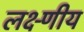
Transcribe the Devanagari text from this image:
लक्ष्णीय